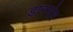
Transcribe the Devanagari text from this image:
डानमोर